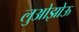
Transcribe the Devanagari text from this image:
लुओझोऊ